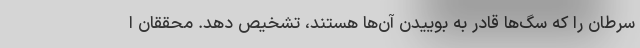
سرطان را که سگ‌ها قادر به بوییدن آن‌ها هستند، تشخیص دهد. محققان ا